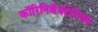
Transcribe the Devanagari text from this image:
कॉरिनिबॅक्टेरियम